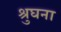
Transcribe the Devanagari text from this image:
श्रुघना